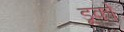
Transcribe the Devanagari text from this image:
डूको